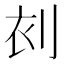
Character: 𠜆